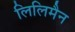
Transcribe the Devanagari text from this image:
लिलिमैन